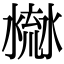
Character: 𣹳